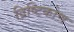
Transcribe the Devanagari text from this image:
द्रिष्टिकोण